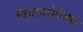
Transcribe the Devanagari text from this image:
विमानसेवेच्या